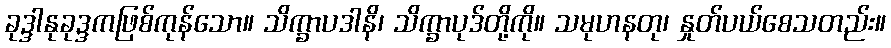
ခုဒ္ဒါနုခုဒ္ဒကဖြစ်ကုန်သော။ သိက္ခာပဒါနိ၊ သိက္ခာပုဒ်တို့ကို။ သမုဟနတု၊ နှုတ်ပယ်စေသတည်း။